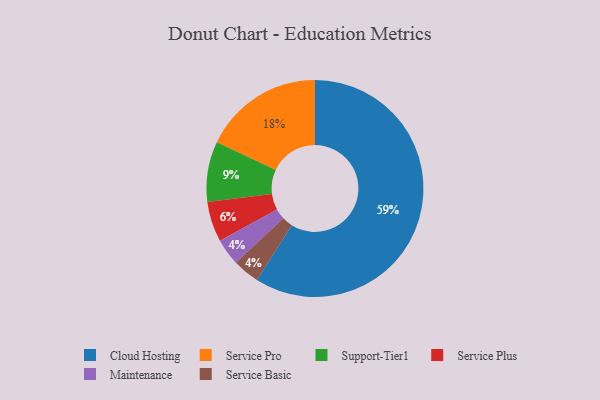
{"axis": {"x": "Category", "y": "Percentage"}, "legend": ["Cloud Hosting", "Maintenance", "Service Basic", "Service Plus", "Service Pro", "Support-Tier1"], "data": [{"x": "Cloud Hosting", "y": 59, "type": "Cloud Hosting"}, {"x": "Support-Tier1", "y": 9, "type": "Support-Tier1"}, {"x": "Maintenance", "y": 4, "type": "Maintenance"}, {"x": "Service Pro", "y": 18, "type": "Service Pro"}, {"x": "Service Plus", "y": 6, "type": "Service Plus"}, {"x": "Service Basic", "y": 4, "type": "Service Basic"}]}